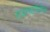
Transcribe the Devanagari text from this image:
राजस्थानीचीच